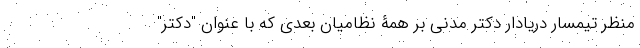
منظر تیمسار دریادار دکتر مدنی بر همۀ نظامیان بعدی که با عنوان "دکتر"